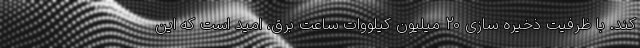
کند. با ظرفیت ذخیره سازی 20 میلیون کیلووات ساعت برق، امید است که این